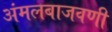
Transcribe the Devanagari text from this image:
अंमलबाजवणी